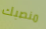
منصبك